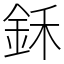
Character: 鉌